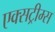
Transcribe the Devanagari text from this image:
एक्सट्रीम्स